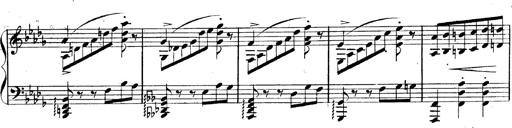
Title: 3 Caprices-Valses
Composer: Franz Liszt